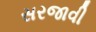
સરજાવી